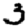
Digit: 3